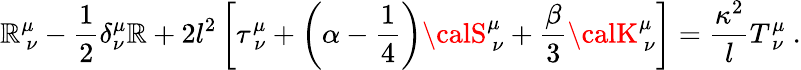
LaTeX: \mathbb{R}_{\ \nu}^{\mu}-{\frac{{1}}{{2}}}\delta_{\nu}^{\mu}\mathbb{R}+2l^{2}\left[\tau_{\ \nu}^{\mu}+\left(\alpha-{\frac{{1}}{{4}}}\right){\calS}_{\ \nu}^{\mu}+{\frac{{\beta}}{{3}}}{\calK}_{\ \nu}^{\mu}\right]={\frac{{\kappa^{2}}}{{l}}}T_{\ \nu}^{\mu}\ .